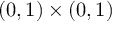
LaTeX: ( 0 , 1 ) \times ( 0 , 1 )